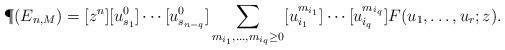
\begin{align*} \P(E_{n, M})=[z^n][u_{s_1}^0]\cdots [u_{s_{n-q}}^0]\sum_{m_{i_1}, \ldots, m_{i_q} \ge 0}[u_{i_1}^{m_{i_1}}]\cdots [u_{i_q}^{m_{i_q}}]F(u_1,\ldots, u_r; z).\end{align*}